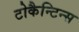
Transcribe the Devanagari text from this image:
टोकैन्टिन्स